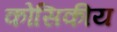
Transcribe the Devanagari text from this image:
कोसिकीय